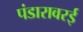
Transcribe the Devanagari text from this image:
पंडारावरई